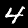
Label: 4